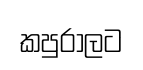
කපුරාලට